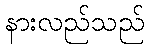
နားလည်သည်